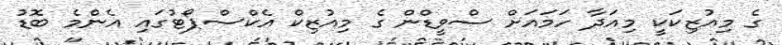
ގެ މިއުޒިކަކީ މިއަދާ ހަމައަށް ސްވީޑްން ގެ މިއުޒިކް އެކްސްޕޯޓުގައި އެންމެ ބޮޑު